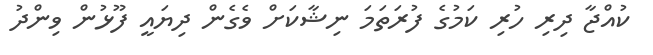
ކުއްޖާ ދިރި ހުރި ކަމުގެ ފުރަތަމަ ނިޝާކަށް ވެގެން ދިޔައީ ފޫޅުން ވިންދު